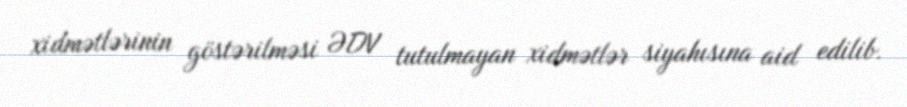
xidmətlərinin göstərilməsi ƏDV tutulmayan xidmətlər siyahısına aid edilib.